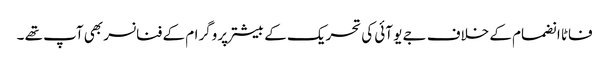
فاٹا انضمام کے خلاف جے یو آئی کی تحریک کے بیشتر پروگرام کے فنانسر بھی آپ تھے ۔